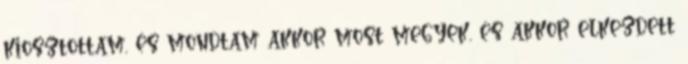
kiosztottam, és mondtam akkor most megyek, és akkor elkezdett